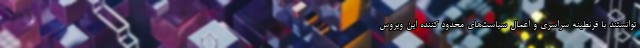
توانستند با قرنطینه سراسری و اعمال سیاست‌های محدود کننده این ویروس